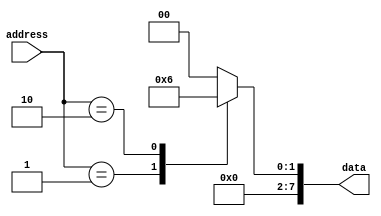
module ROM (
    input [7:0] address,
    output reg [7:0] data
);

always @* begin
    case(address)
        8'd0: data = 8'b00000000; // memory block 0
        8'd1: data = 8'b00000001; // memory block 1
        8'd2: data = 8'b00000010; // memory block 2
        // Add more memory block cases as needed
        default: data = 8'b00000000; // Default case
    endcase
end

endmodule